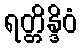
ရတ္တိန္ဒိဝံ